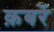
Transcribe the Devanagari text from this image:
क़बरें